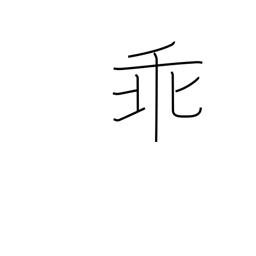
Meaning: oppose